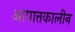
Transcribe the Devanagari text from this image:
आपात्तकालीन